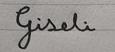
Signature authenticity: forged